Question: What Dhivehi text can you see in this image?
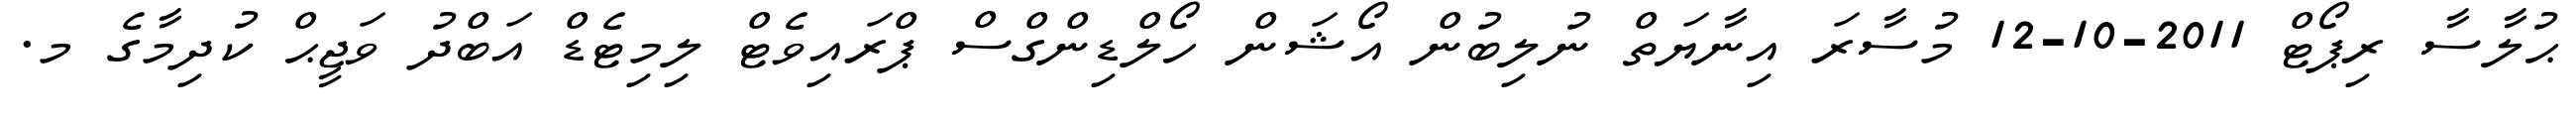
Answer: ޙުލާސާ ރިޕޯޓް 2011-10-12 މުސާރަ އިނާޔަތް ނުލިބުން އޯޝަން ހޯލްޑިންގްސް ޕްރައިވެޓް ލިމިޓެޑް އަބްދު ވަޖީޙް ކުދިމާގެ މ.